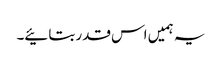
یہ ہمیں اس قدر بتائیے۔